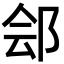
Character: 郐